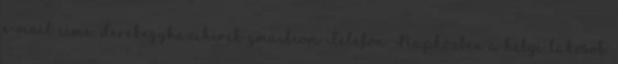
e-mail címe: derekegyhazihirek gmailcom Telefon: Napközben a helyi lakosok